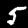
Digit: 5